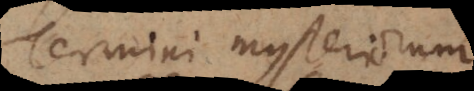
Termini mysteriorum